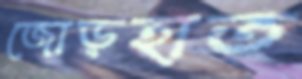
জোড়হাত